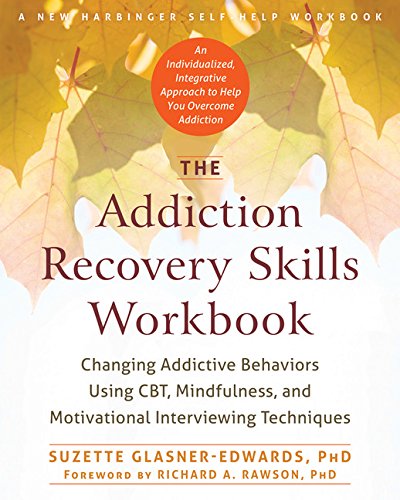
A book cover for The Addiction Recovery Skills Workbook: Changing Addictive Behaviors Using CBT, Mindfulness, and Motivational Interviewing Techniques; Suzette Glasner-Edwards PhD; Health, Fitness & Dieting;